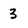
Character: 3